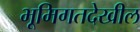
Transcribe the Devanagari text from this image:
भूमिगतदेखील